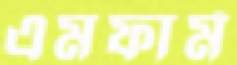
এমফার্ম